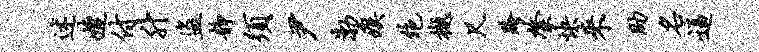
述婕付升盗静须尹渤瘼绝樾尺跨綮快来助名逼